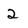
Character: 2